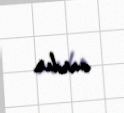
vardır.